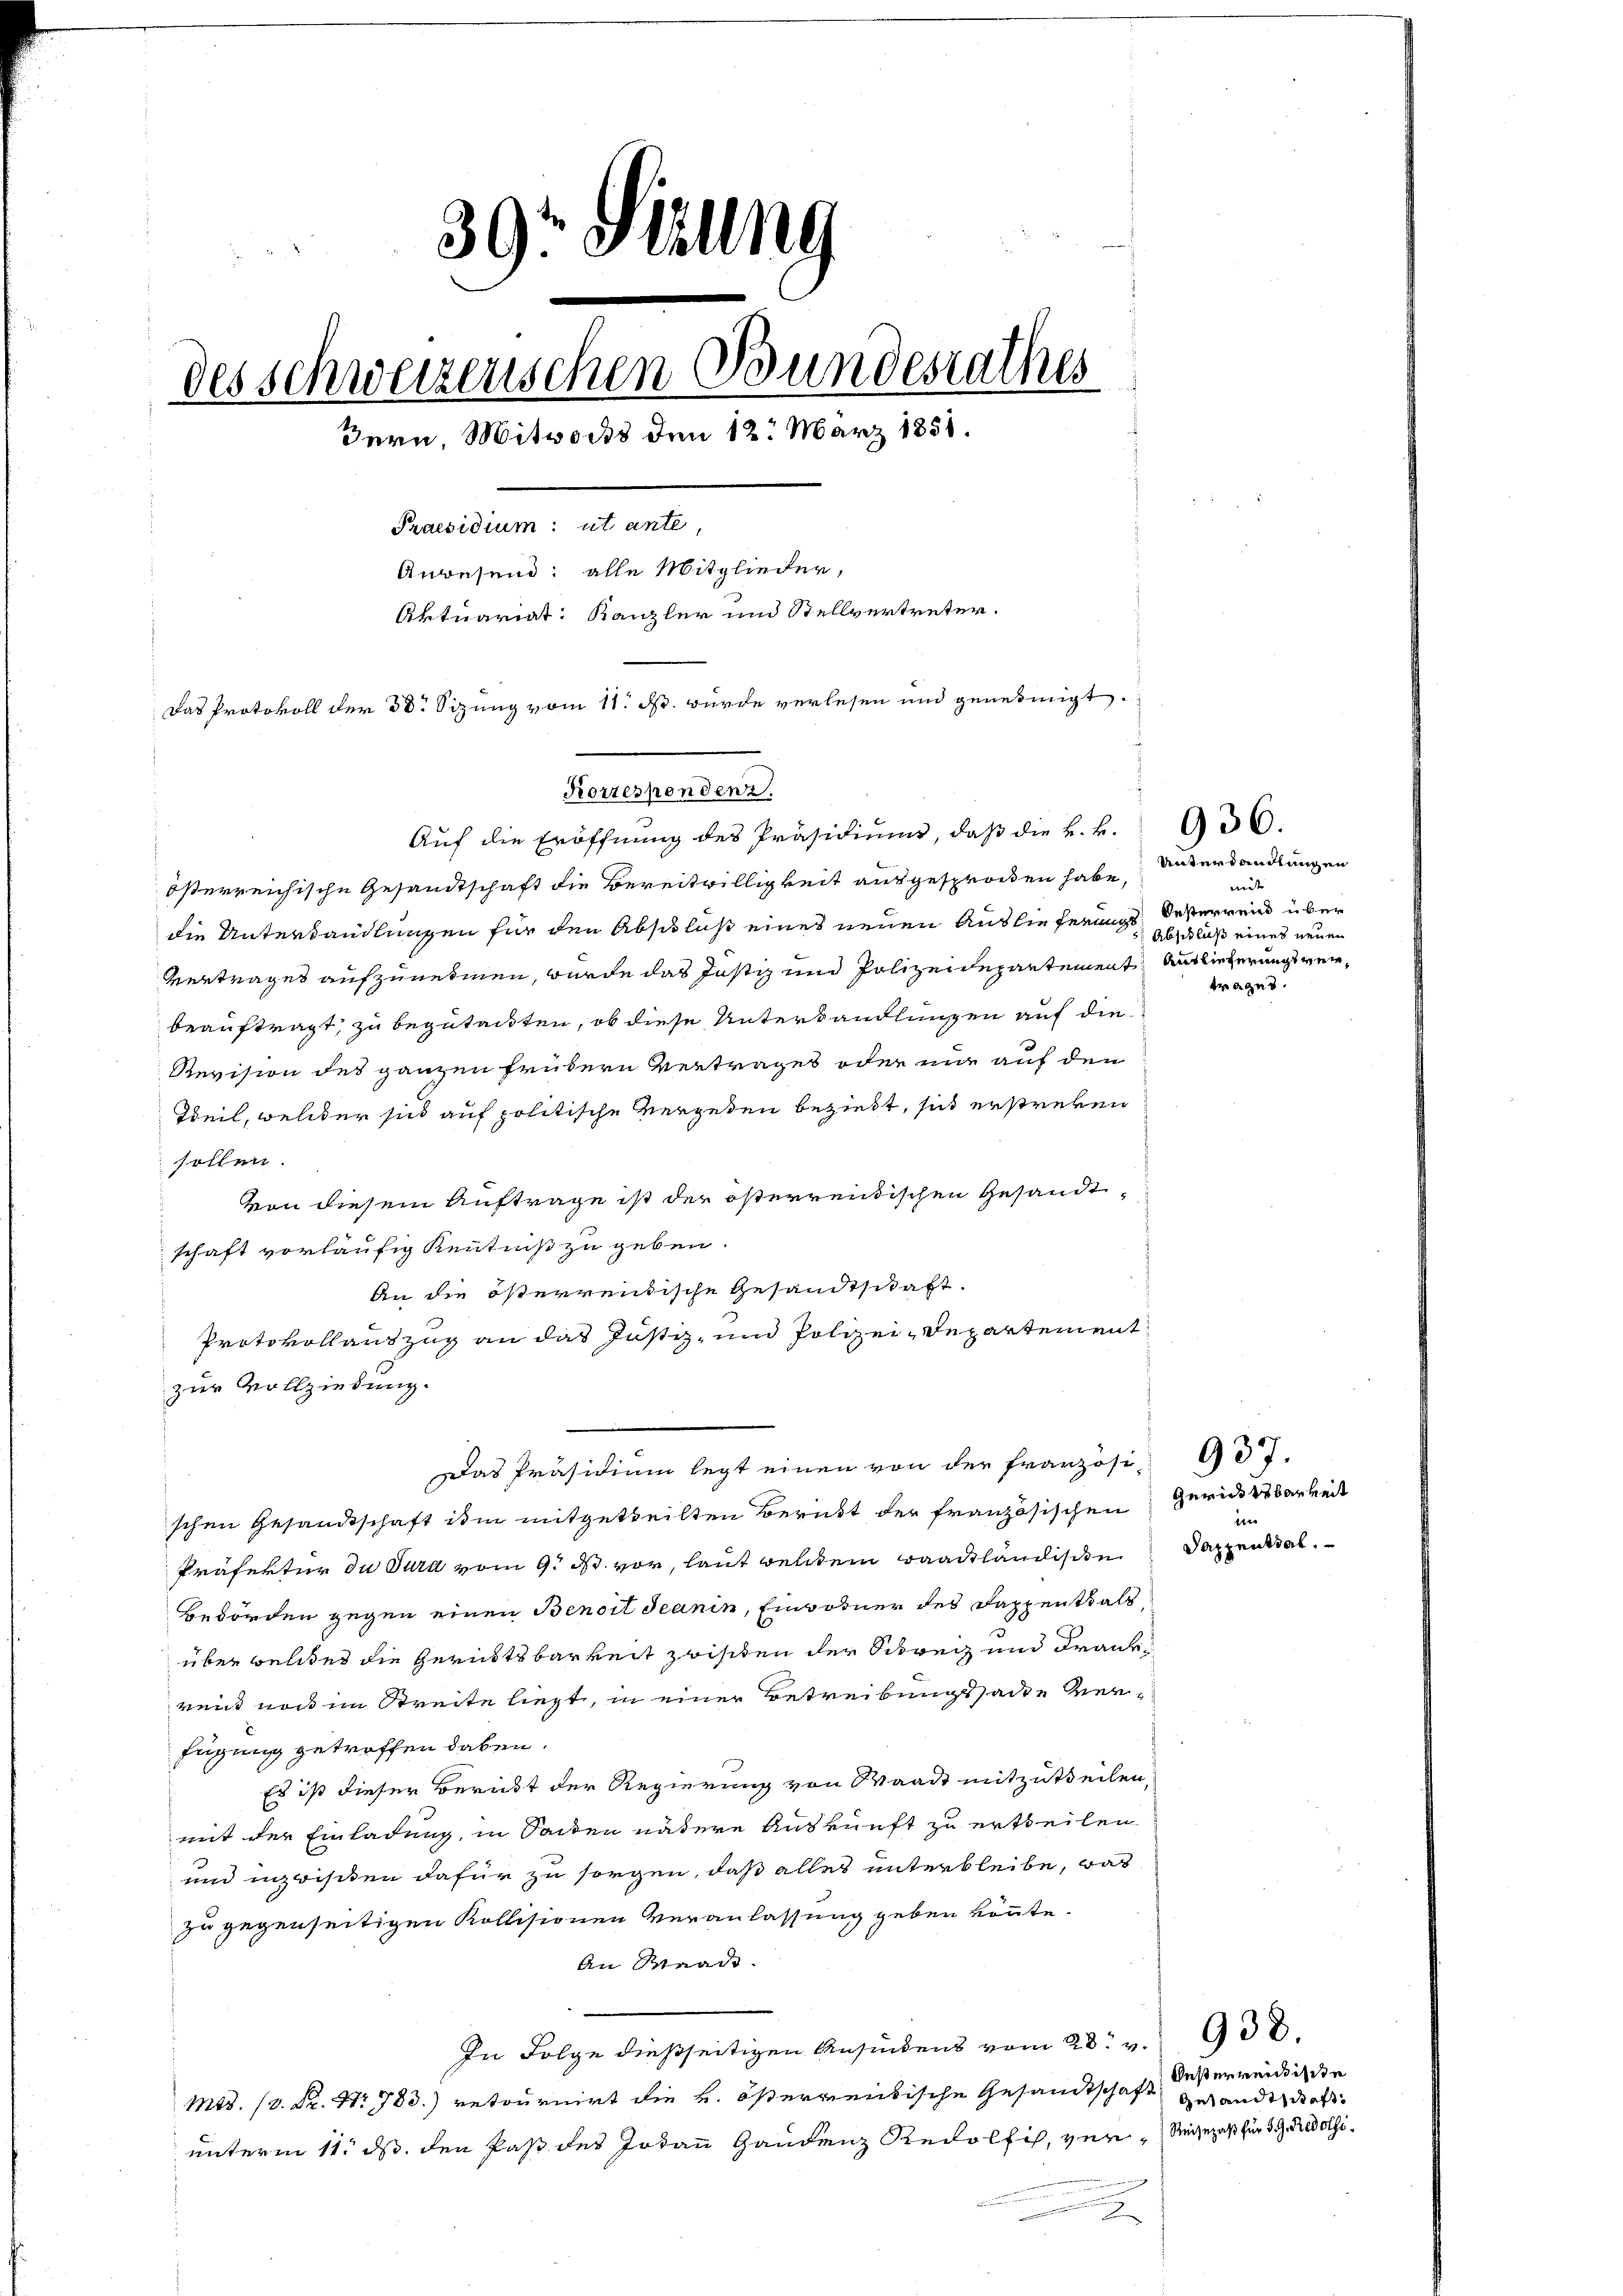
39. Sizung
des schweizerischen Bundesrathes
Bern, Mitwochs den 12. März 1858.
Praesidium: ut ante
Anwesend: alle Mitglieder,
Aktuariat: Kanzler und Stellvertreter.
Das Protokoll der 38. Sizung vom 11. ds. wurde verlesen und genehmigt.

Auf die Eröffnung des Präsidiums, daß die k. k.
österreichische Gesandtschaft die Bereitwilligkeit ausgesprochen habe,
die Unterhandlungen für den Abschluß eines neuen Auslieferungs desterrend über
Vertrages aufzunehmen, wurde das Justiz und Polizeidepartement Auslieferungsverbeauftragt, zu begutackten, ob diese Unterhandlungen auf die¬
Revision des ganzen frühern Vertrages oder nur auf den
Weil, welcher sich auf politische Vergeden bezieht, sich erstreken
sollen.
von diesem Auftrage ist der österrendischen Gesandtschaft vorläufig Kenntniß zu geben.
An die österrendische Gesandtschaft.
Protokollauszug an das Justiz- und Polizei-Departement
zur Vollziehung.
Das Präsidium legt einen von der französi-
schen Gesandtschaft ihm mitgetheilten Beruht der französischen Gerichtbarkeit
Präfektur du Jura vom 9. ds. vor, laut welchem Baackhändischen Dappenstal.
Bedörden gegen einen Benoit Jeanin, Einwohner des Dappenthals,
über welches die Gerichtsbarkeit zwischen der Schweiz und Frank
reit noch im Streite liegt, in einer Betreibungssade verfügung getroffen dabei.
Es ist dieser Berückt der Regierung von Waadt mitzutheilen.
mit der Einladung, in Sacken vätere Auskunft zu ertheilen.
und inzwischen dafür zu sorgen, daß alles unterbleibe, was
zu gegenseitigen Kollisionen Veranlassung geben könnte.
An Waadt.
In Folge dießseitigen Ansiedens vom 28. v. 938.
Mts. (v. Fr. Nr. 783.) retournirt die k. österrentische Gesandtschaft gesandt, dies
unterm 11. ds. den Paß des Jodann Gandenz Redolfis, ver- Reisepaß für 39. Redolhi¬
2

Korrespondenz.

Unterhandlungen
midter
Abschluß eines neuen
trages.

936.

m

937.

Westerweistische